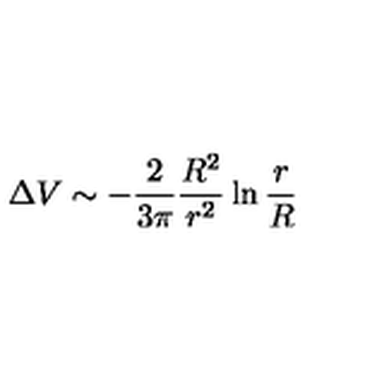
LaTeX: \Delta V \sim - \frac { 2 } { 3 \pi } \frac { R ^ { 2 } } { r ^ { 2 } } \ln \frac { r } { R }